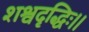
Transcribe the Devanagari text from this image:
शश्वदृद्धिः।।